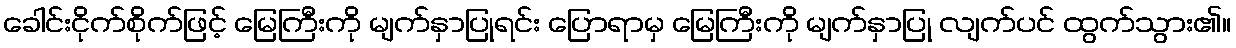
ခေါင်းငိုက်စိုက်ဖြင့် မြေကြီးကို မျက်နှာပြုရင်း ပြောရာမှ မြေကြီးကို မျက်နှာပြု လျက်ပင် ထွက်သွား၏။